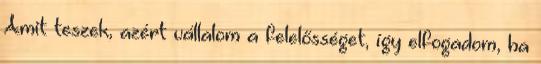
Amit teszek, azért vállalom a felelősséget, így elfogadom, ha